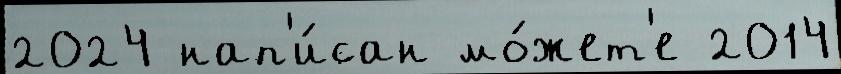
2024 нап'и́сан мо́жет'е 2014